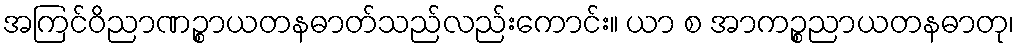
အကြင်ဝိညာဏဉ္စာယတနဓာတ်သည်လည်းကောင်း။ ယာ စ အာကဉ္စညာယတနဓာတု၊